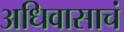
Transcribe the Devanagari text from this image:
अधिवासाचं